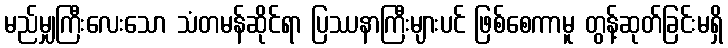
မည်မျှကြီးလေးသော သံတမန်ဆိုင်ရာ ပြဿနာကြီးများပင် ဖြစ်စေကာမူ တွန့်ဆုတ်ခြင်းမရှိ